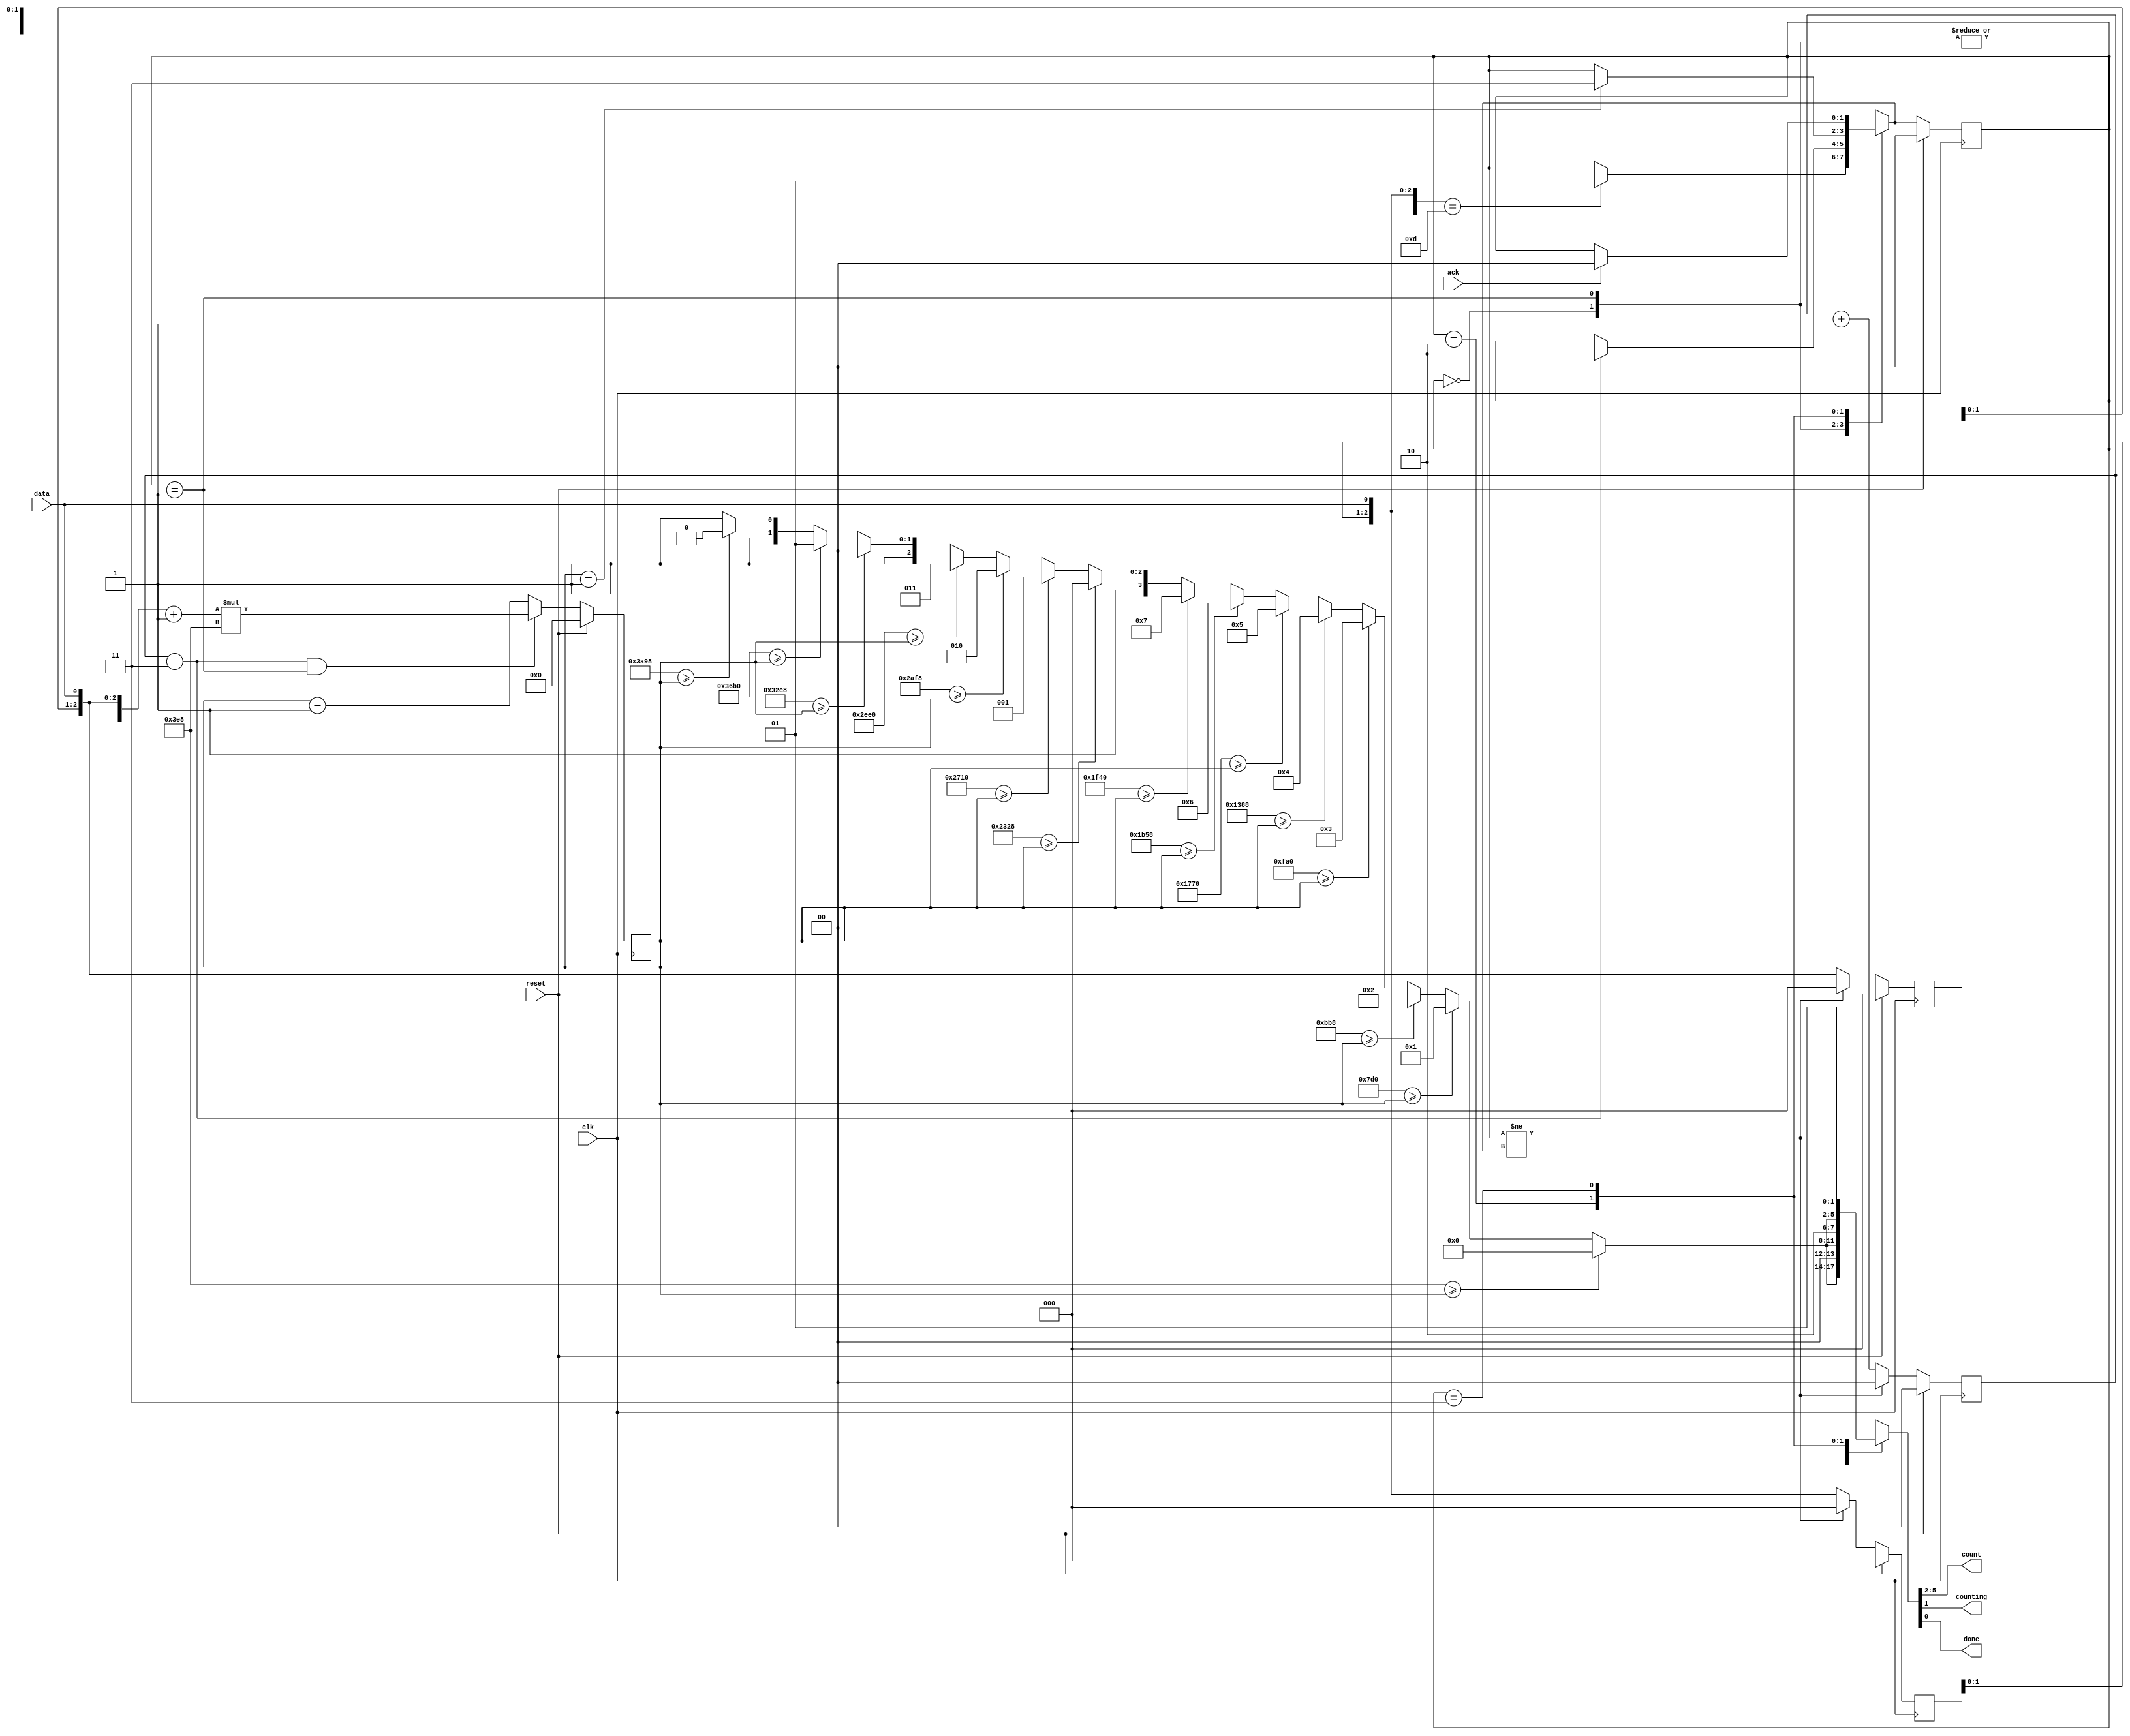
module top_module (
    input clk,
    input reset,      // Synchronous reset
    input data,
    output [3:0] count,
    output counting,
    output done,
    input ack    
    );
    
    parameter SEQ_LOOKOUT = 2'b00, IN_SHIFT = 2'b01, COUNTING = 2'b10, DONE = 2'b11;
    reg [1:0] current_state, next_state, shift_count;
    reg [3:0] data_capture, delay_data, delay_count_out;
    reg [13:0] delay_count;
    wire done_counting;
    
    always@ (*) begin
        case(current_state)
            SEQ_LOOKOUT: begin
                if({data_capture[2:0],data} == 4'b1101) begin
                    next_state = IN_SHIFT;
                end
                else begin
                    next_state = current_state;
                end
            end
            IN_SHIFT: begin
                if(shift_count == 2'b11) begin
                    next_state = COUNTING;
                end
                else begin
                    next_state = current_state;
                end
            end
            COUNTING: begin
                if(delay_count == 14'd1) begin
                    next_state = DONE;
                end
                else begin
                    next_state = current_state;
                end
            end
            DONE: begin
                if(ack == 1'b1) begin
                    next_state = SEQ_LOOKOUT;
                end
                else begin
                    next_state = current_state;
                end
            end
            default: begin
                next_state = SEQ_LOOKOUT;
            end
        endcase
    end
    
    always@ (posedge clk) begin
        if(reset == 1'b1) begin
            current_state <= SEQ_LOOKOUT;
        end
        else begin
            current_state <= next_state;
        end
    end
    
    always@ (posedge clk) begin
        if(reset == 1'b1) begin
            data_capture <= 4'd0;
        end
        else if(current_state != next_state) begin
            data_capture <= 4'd0;
        end
        else begin
            data_capture <= {data_capture[2:0], data};
        end
    end
    
    always@ (posedge clk) begin
        if(reset == 1'b1) begin
            delay_data <= 4'd0;
        end
        else if(current_state != next_state) begin
            delay_data <= 4'b0;
        end
        else begin
            delay_data <= {delay_data[2:0], data};
        end
    end
    
    always@ (posedge clk) begin
        if(reset == 1'b1) begin
            shift_count <= 2'b00;
        end
        else if(current_state != next_state) begin
            shift_count <= 2'b00;
        end
        else begin
            shift_count <= shift_count + 1'b1;
        end
    end
    
    always@ (posedge clk) begin
        if(reset == 1'b1) begin
            delay_count <= 14'd0;
        end
        else if((shift_count == 2'b11) & (current_state == IN_SHIFT)) begin
            delay_count = ((({delay_data[2:0],data}) + 1'b1) * 14'd1000);
        end
        else begin
            delay_count <= delay_count - 1'b1;
        end
    end 
    
    always@ (*) begin
        if(14'd1000 >= delay_count) begin
            delay_count_out = 4'd0;
        end
        else if(14'd2000 >= delay_count) begin
            delay_count_out = 4'd1;
        end
        else if(14'd3000 >= delay_count) begin
            delay_count_out = 4'd2;
        end
        else if(14'd4000 >= delay_count) begin
            delay_count_out = 4'd3;
        end
        else if(14'd5000 >= delay_count) begin
            delay_count_out = 4'd4;
        end
        else if(14'd6000 >= delay_count) begin
            delay_count_out = 4'd5;
        end
        else if(14'd7000 >= delay_count) begin
            delay_count_out = 4'd6;
        end
        else if(14'd8000 >= delay_count) begin
            delay_count_out = 4'd7;
        end
        else if(14'd9000 >= delay_count) begin
            delay_count_out = 4'd8;
        end
        else if(14'd10000 >= delay_count) begin
            delay_count_out = 4'd9;
        end
        else if(14'd11000 >= delay_count) begin
            delay_count_out = 4'd10;
        end
        else if(14'd12000 >= delay_count) begin
            delay_count_out = 4'd11;
        end
        else if(14'd13000 >= delay_count) begin
            delay_count_out = 4'd12;
        end
        else if(14'd14000 >= delay_count) begin
            delay_count_out = 4'd13;
        end
        else if(14'd15000 >= delay_count) begin
            delay_count_out = 4'd14;
        end
        else begin
            delay_count_out = 4'd15;
        end                   
    end
    
    always@ (*) begin
        case(current_state)
            SEQ_LOOKOUT: {count, counting, done} = {delay_count_out, 2'b00};
            IN_SHIFT: {count, counting, done} = {delay_count_out, 2'b00};
            COUNTING: {count, counting, done} = {delay_count_out, 2'b10};
            DONE: {count, counting, done} = {delay_count_out, 2'b01};
            default: {count, counting, done} = 3'b00;
        endcase
    end
    
endmodule